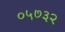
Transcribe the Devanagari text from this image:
०५७३२